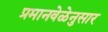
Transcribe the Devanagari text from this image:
प्रमानवेळेनुसार